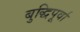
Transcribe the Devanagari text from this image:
बुद्धिपूर्वा